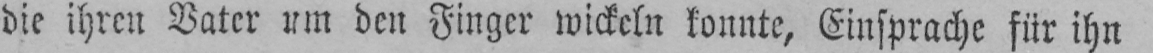
die ihren Vater um den Finger wickeln konnte, Einsprache für ihn